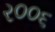
ર૦૦૬